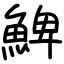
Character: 䱝